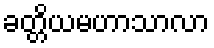
ခတ္တိယမဟာသာလာ